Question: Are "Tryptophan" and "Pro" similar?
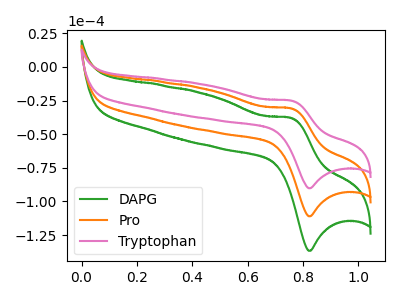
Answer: <think>The green curve "DAPG" has an anodic peak at (0.75V, -61.80uA) and a cathodic peak at (0.85V, -222.00uA). The orange curve "Pro" has an anodic peak at (0.75V, -30.90uA) and a cathodic peak at (0.85V, -111.00uA). The pink curve "Tryptophan" has an anodic peak at (0.75V, -25.10uA) and a cathodic peak at (0.85V, -90.15uA).
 All the peaks in "Tryptophan" have a peak in "Pro" at the same potential.</think>
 <answer>"Tryptophan" and "Pro" are similar in shape.</answer>
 <eval>same_shape</eval>